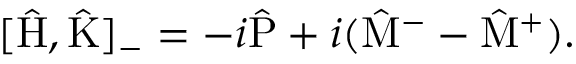
[ \hat { \mathrm { H } } , \hat { \mathrm { K } } ] _ { - } = - i \hat { \mathrm { P } } + i ( \hat { \mathrm { M } } ^ { - } - \hat { \mathrm { M } } ^ { + } ) .